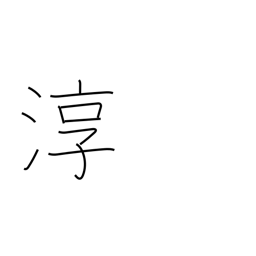
Meaning: pure